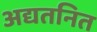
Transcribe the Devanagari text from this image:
अद्यतनित